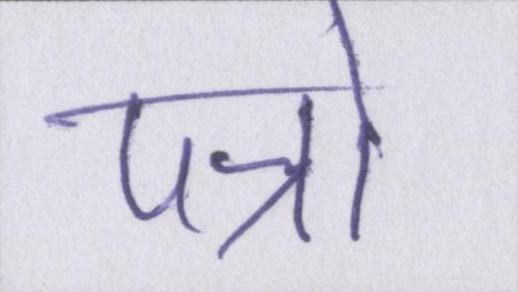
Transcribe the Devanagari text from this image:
पत्रो